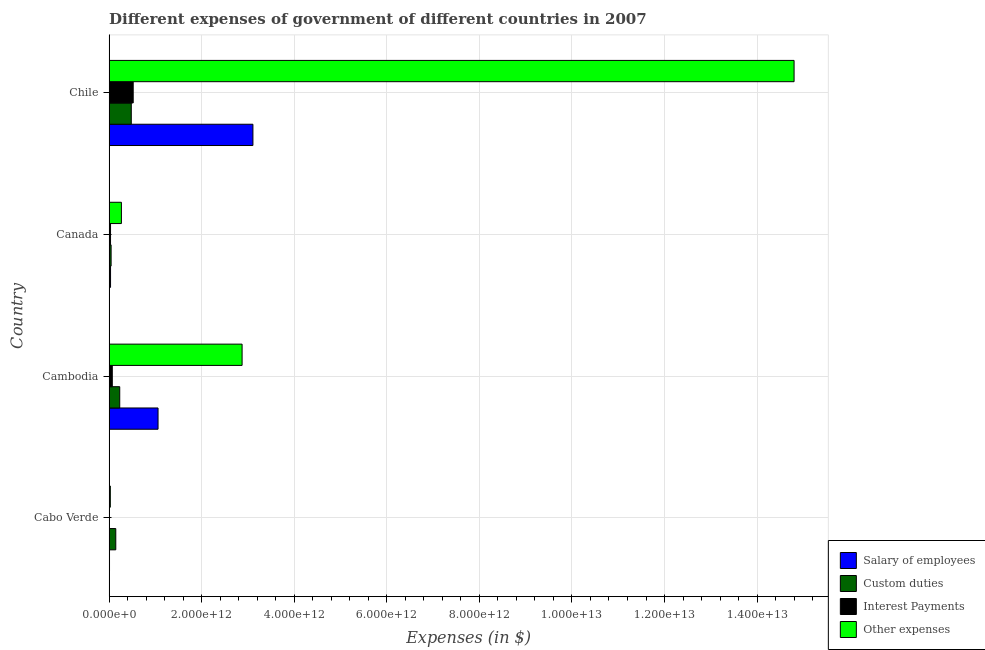
| Country | Salary of employees | Custom duties | Interest Payments | Other expenses |
 | --- | --- | --- | --- | --- |
 | Cabo Verde | 9.59e+09 | 1.45e+11 | 1.89e+09 | 2.74e+10 |
 | Cambodia | 1.06e+12 | 2.31e+11 | 6.97e+10 | 2.87e+12 |
 | Canada | 3.18e+10 | 4.41e+10 | 3.16e+10 | 2.67e+11 |
 | Chile | 3.11e+12 | 4.8e+11 | 5.21e+11 | 1.48e+13 |